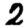
Digit: 2